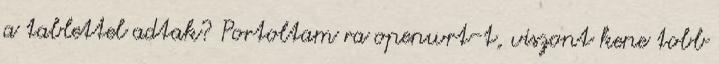
a tablettel adtak? Portoltam ra openwrt-t, viszont kene tobb